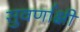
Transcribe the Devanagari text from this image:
सुवर्णाक्षी